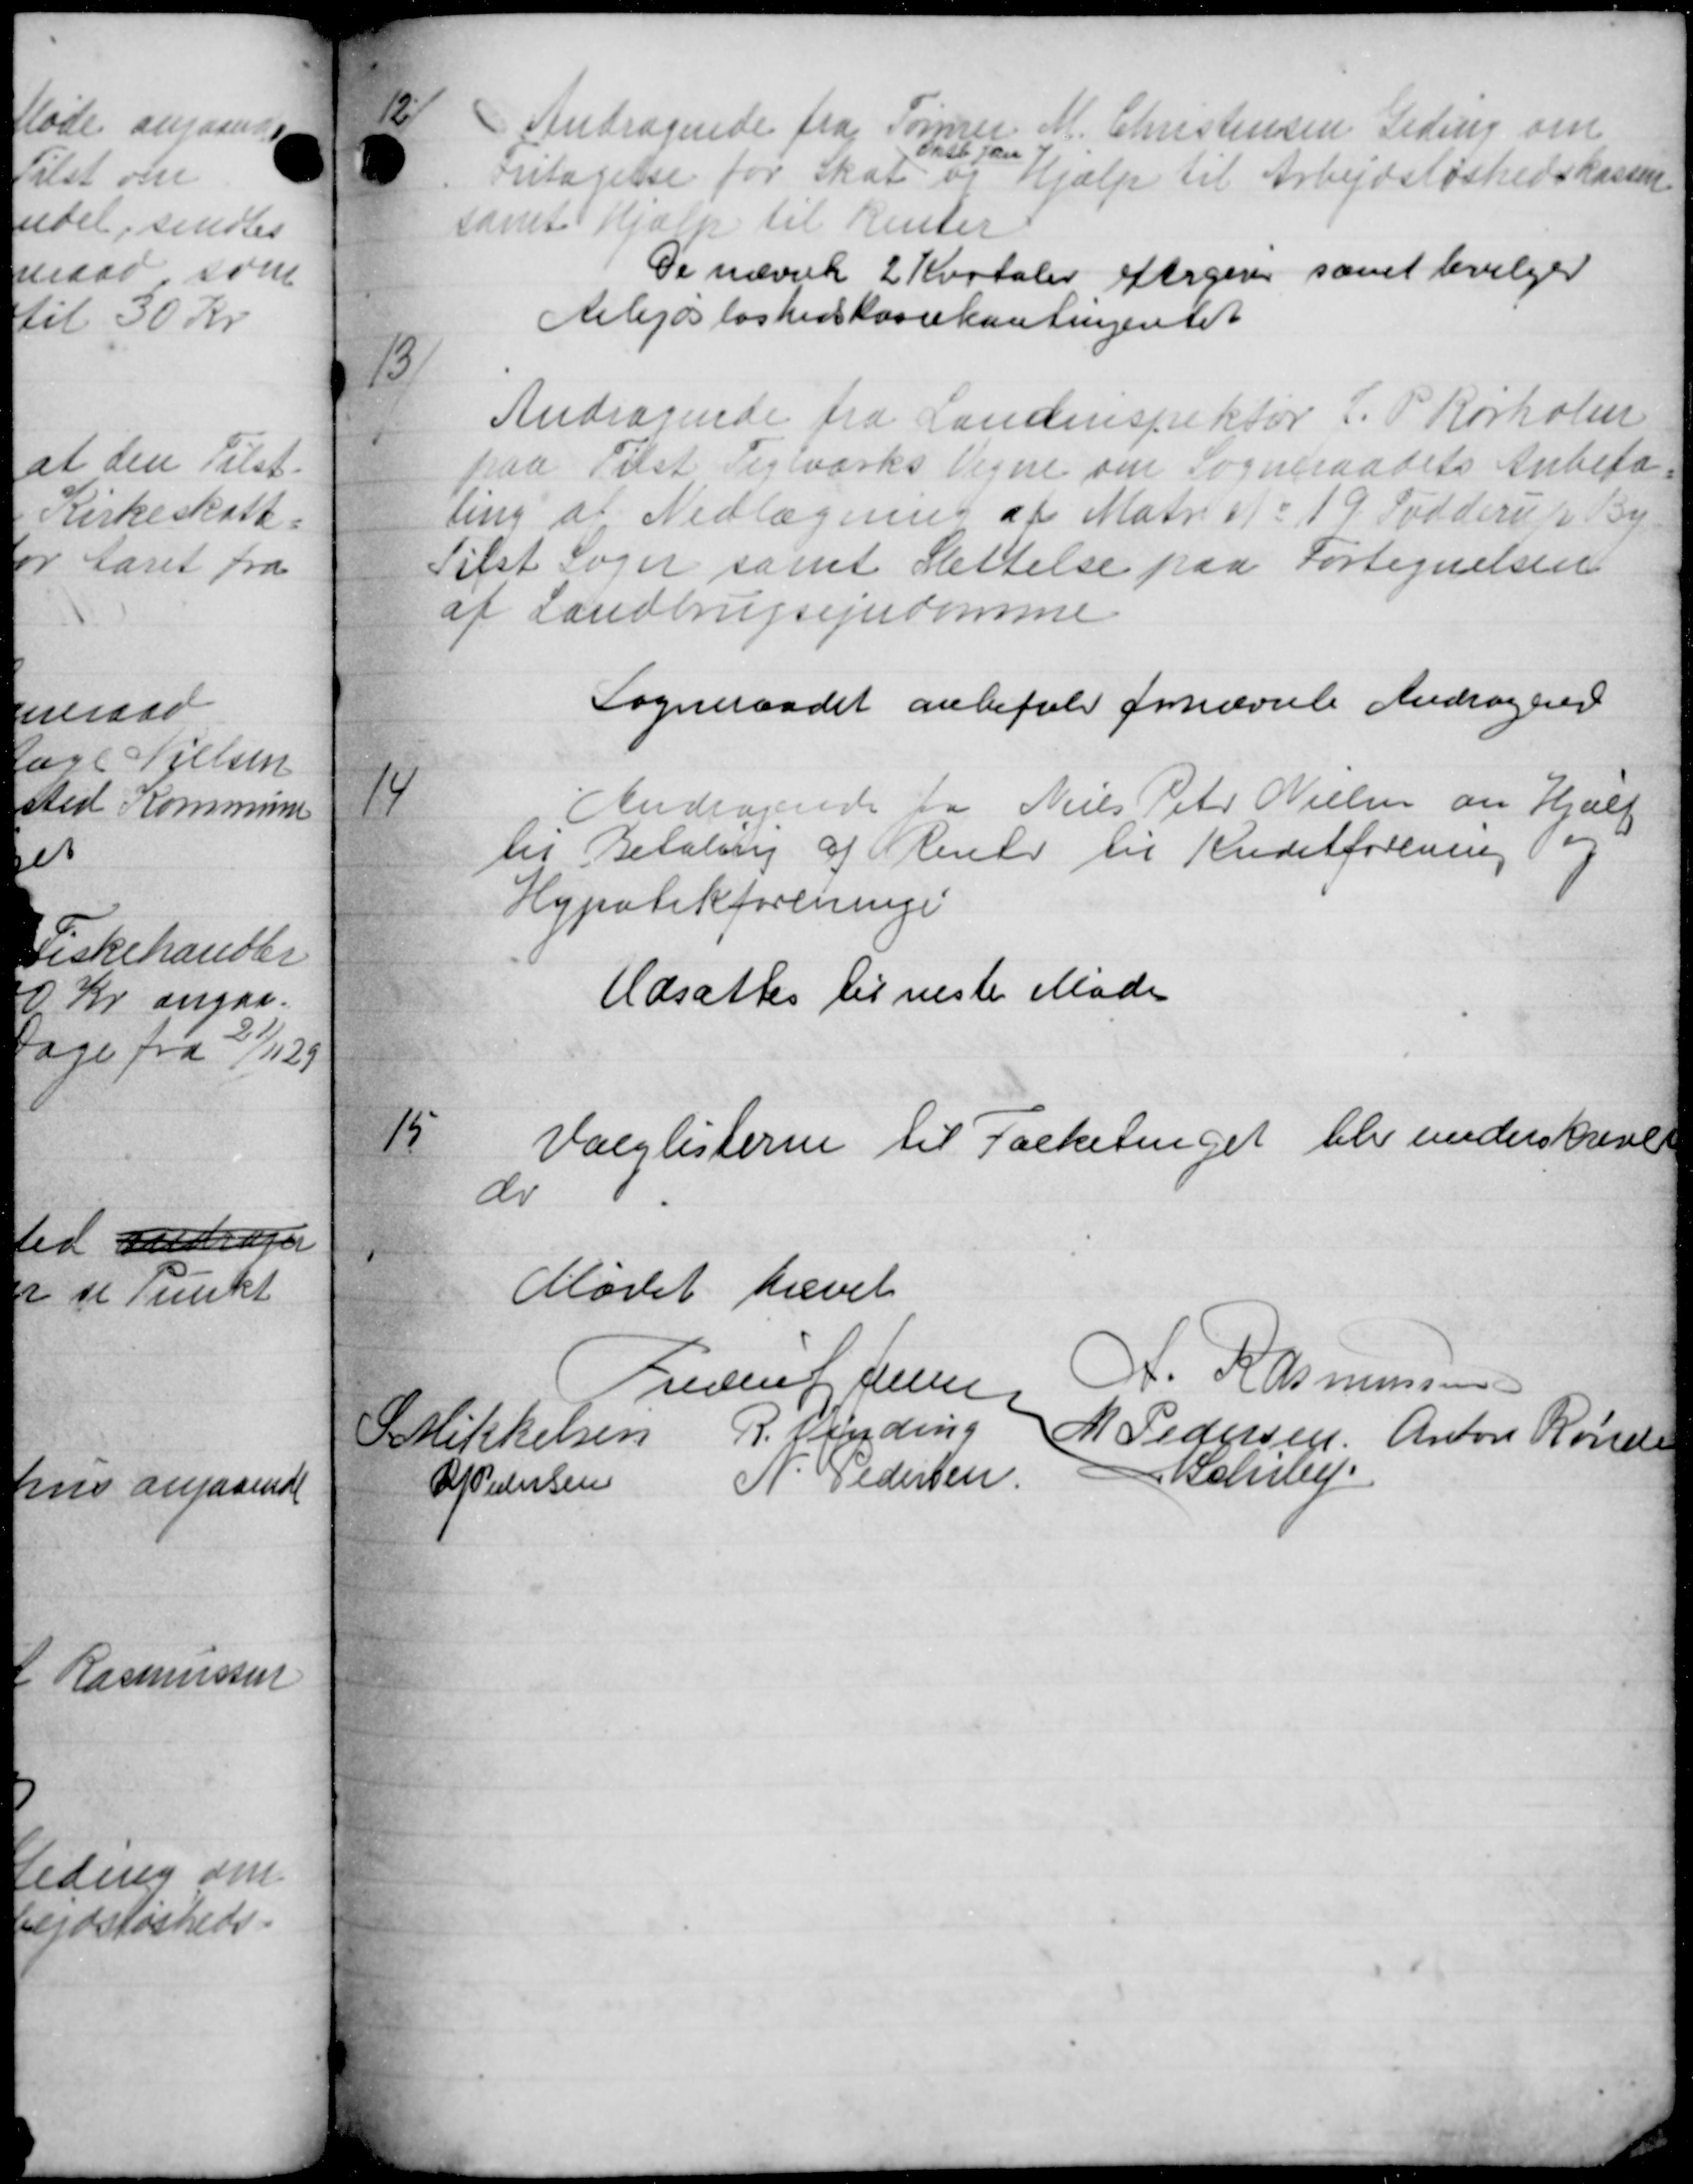
Transskription:
12
Andragende fra Tømrer M. Christensen Seding om
Oksb. Jen
Fritagelse for Skat og Hjælp til Arbejdsløshedskassen
samt Hjælp til Renter
De nævnte 2 Kvataler eftergiver samt bevilger
Arbejdsløshedskassekontingentet
13
Andragende fra Landinspektør J. P. Rørholm
paa Tilst Teglværks Vegne om Sogneraadets Anbefa-
ling af Nedlægning af Matr. og d 19 Fodderup By
Tilst Sager samt Slettelse paa Fortegnelsen
af Landbrugsejendomme
Sogneraadet anbefale fornævnte Andragend
14
Andragende fra Niels Peter Nielsen om Hjælp
til Betaling af Stener til Kreditforening for
Hypotekforeninge
Udsattes til næste Møde
15
Valglisterne til Folketinget blev underskrevet
do
Mødet hævet
Frederik Jense
K. Rasmussen
P Mikkelsen R. Vinding
M Pedersen Anton Rønde
P. Pedersen
N. Pedersen
Behre